Eesti_Vabariigi_Tartu_Ulikool, lk 42
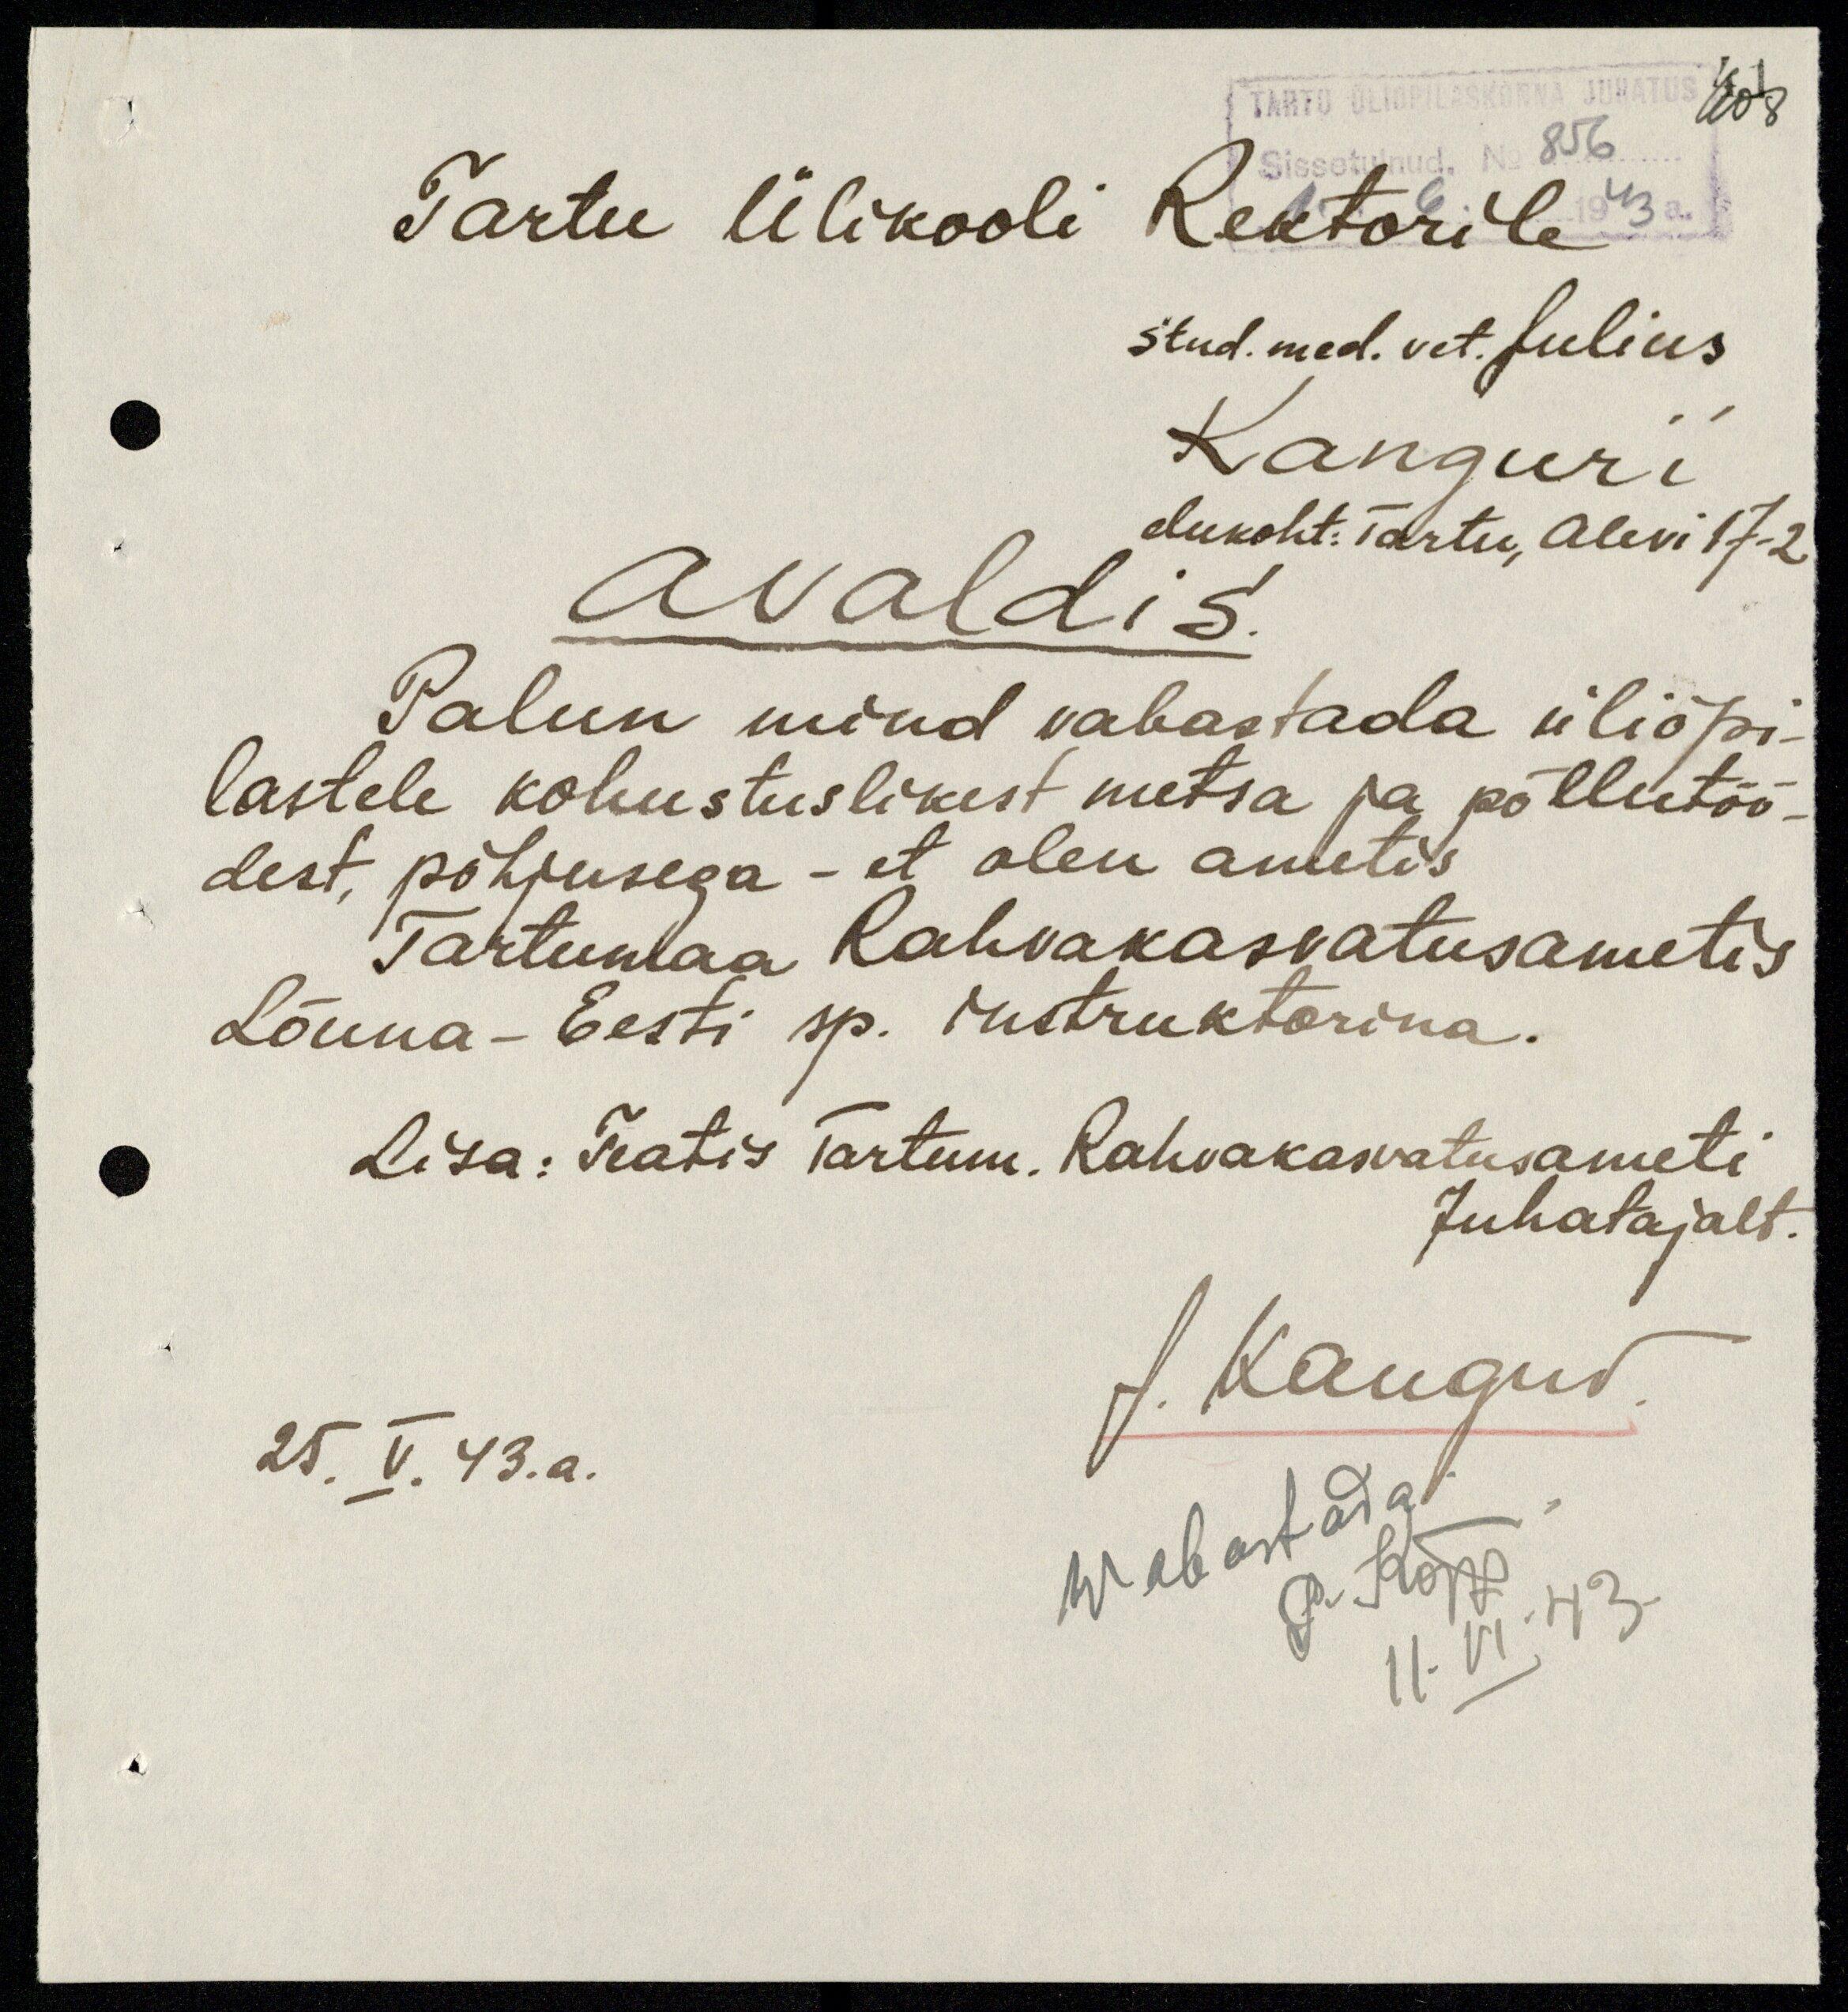
TARTU ÜLIÕPILASKONNA JUHATUS 408
Sissetulnud. No 856
1943 a.
Tartu Ülikooli Rektorile
Stud. med. vet. Julius
Kangur'i
elukoht: Tartu, Alevi 17-2
avaldis.
Palun mind vabastada üliõpi-
lastele kohustuslikest metsa ja põllutöö-
dest, põhjusega - et olen ametis
Tartumaa Rahvakasvatusametis
Lõuna-Eesti sp. instruktorina.
Lisa: Teatis Tartum. Rahvakasvatusameti
Juhatajalt.
J. Kangur
25. V. 43. a.
Wabastada
P. Kõpp
11. VI. 43.